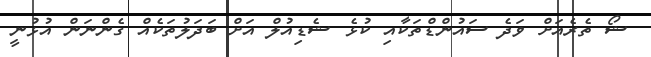
ޝޯ ތެރެއަށް ވަދެ ސައުންޑްތަކާއި ކުޅެ ޝެޑިއުލް އަށް ބަދަލުތަކެއް ގެންނަން އުޅުނީ